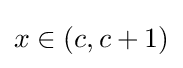
x\in (c,c+1)